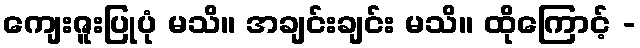
ကျေးဇူးပြုပုံ မသိ။ အချင်းချင်း မသိ။ ထိုကြောင့် -